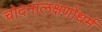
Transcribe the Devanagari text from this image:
चोदनालक्षणोधर्म